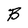
Character: B